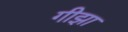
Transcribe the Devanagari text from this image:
गीझा